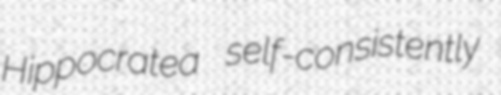
Hippocratea self-consistently